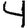
Digit: 4